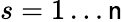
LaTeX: s=1\ldots\mathsf{n}